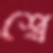
শ্বে